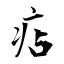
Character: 痁